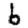
Digit: 6